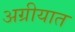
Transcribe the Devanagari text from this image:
अग्रीयात